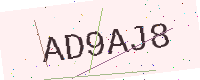
Text: AD9AJ8